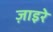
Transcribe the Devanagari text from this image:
ज़ाइरे